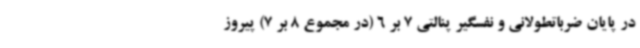
در پایان ضرباتطولانی و نفسگیر پنالتی 7 بر 6 (در مجموع 8 بر 7) پیروز